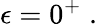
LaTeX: \epsilon=0^{+}\; .